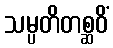
သမ္ပတိတစ္ဆဝိံ